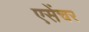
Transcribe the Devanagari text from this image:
एसेंचर